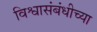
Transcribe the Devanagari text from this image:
विश्वासंबंधीच्या